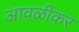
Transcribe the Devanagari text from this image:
आवळीकर